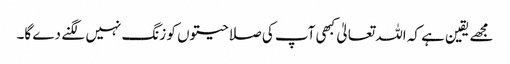
مجھے یقین ہے کہ اللہ تعالیٰ کبھی آپ کی صلاحیتوں کو زنگ نہیں لگنے دے گا۔